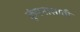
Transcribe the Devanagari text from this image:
कुंपनासाठी